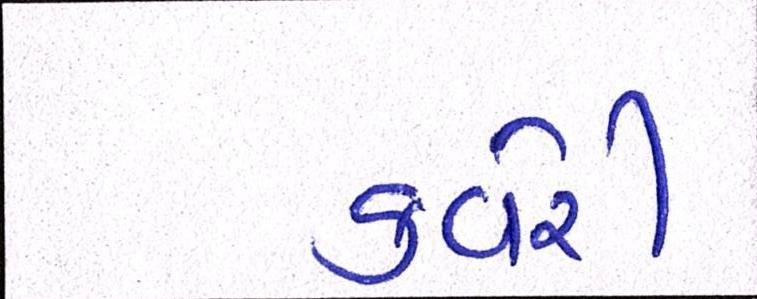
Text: કવેરી